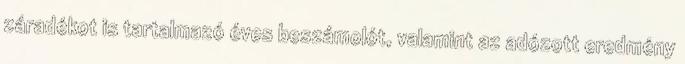
záradékot is tartalmazó éves beszámolót, valamint az adózott eredmény